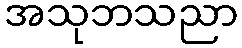
အသုဘသညာ